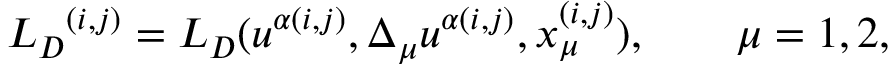
{ { L } _ { D } } ^ { ( i , j ) } = { L } _ { D } ( u ^ { \alpha ( i , j ) } , { \Delta _ { \mu } u } ^ { \alpha ( i , j ) } , x _ { \mu } ^ { ( i , j ) } ) , \qquad \mu = 1 , 2 ,